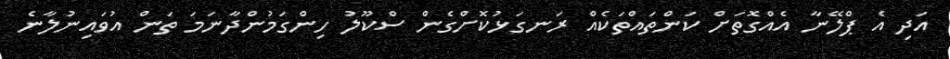
އަދި އެ ޕްލޭނާ އެއްގޮތަށް ކަންތައްތަކެއް ރަނގަޅުކޮށްގެން ސްކޫލު ހިންގަމުންދާނަމަ ތަން އުވައިނުލާނެ